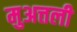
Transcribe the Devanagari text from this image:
मुअत्तली